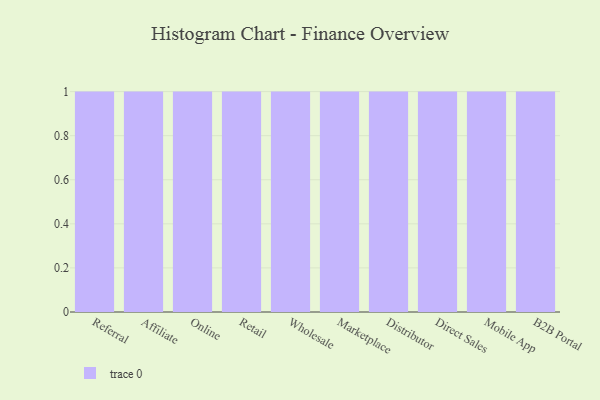
{"axis": {"x": "Channel", "y": "Tickets Resolved"}, "legend": [""], "data": [{"x": "Referral", "y": 17, "type": ""}, {"x": "Affiliate", "y": 19, "type": ""}, {"x": "Online", "y": 82, "type": ""}, {"x": "Retail", "y": 40, "type": ""}, {"x": "Wholesale", "y": 92, "type": ""}, {"x": "Marketplace", "y": 84, "type": ""}, {"x": "Distributor", "y": 35, "type": ""}, {"x": "Direct Sales", "y": 98, "type": ""}, {"x": "Mobile App", "y": 41, "type": ""}, {"x": "B2B Portal", "y": 56, "type": ""}]}